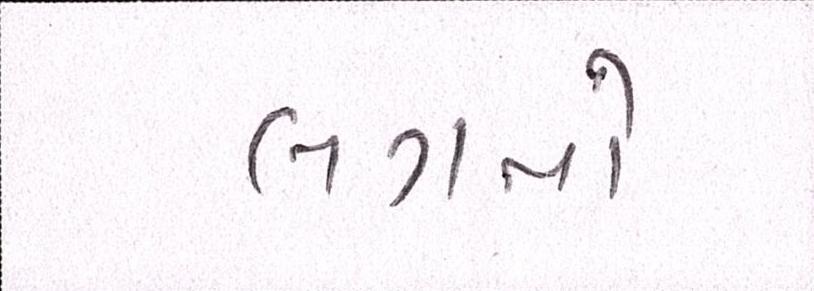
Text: લગતો